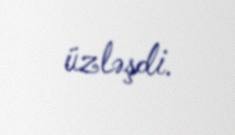
üzləşdi.